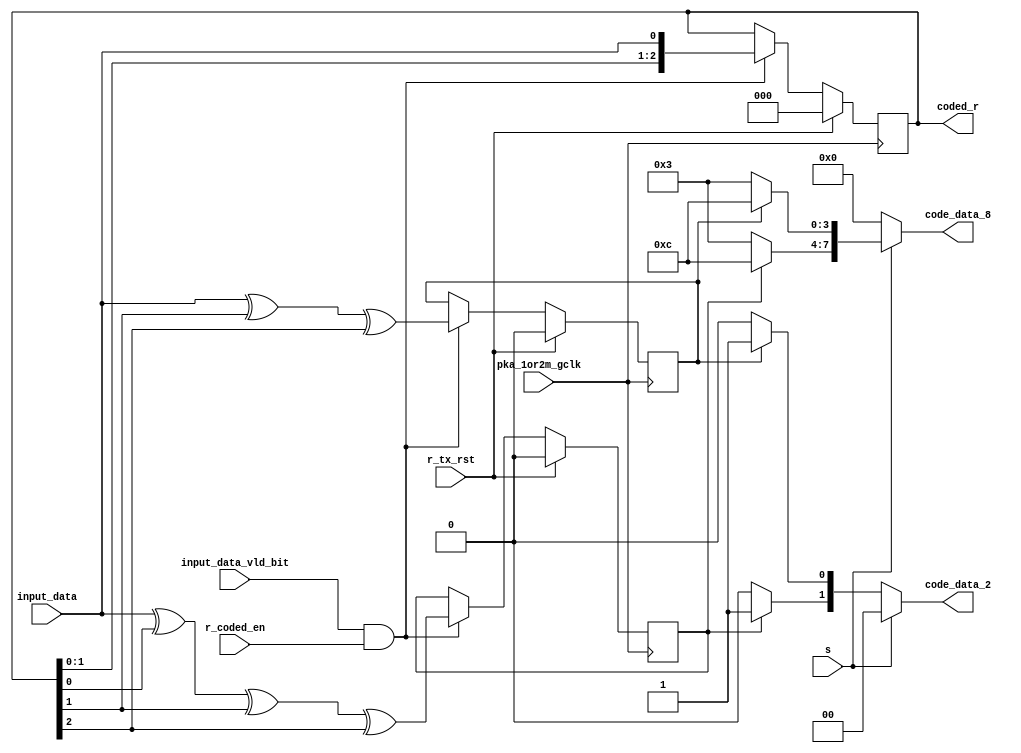
module my_FEC(
input pka_1or2m_gclk,
input r_tx_rst,
//input[4:0] r_tx_state,
input input_data,
input input_data_vld_bit,
input r_coded_en,
input s,
//output s_data,
output [1:0] code_data_2,
output [7:0] code_data_8,
output reg [2:0] coded_r
    );

//reg [2:0] coded_r;//
reg r_data0_reg,r_data1_reg;
wire r_data0,r_data1;
//wire code_data_vld;

wire [3:0] map_code_data_a0_8;
wire [3:0] map_code_data_a1_8;
wire map_code_data_a0_2;
wire map_code_data_a1_2;



assign map_code_data_a0_8 = (r_data0) ? 4'b1100 : 4'b0011;
assign map_code_data_a1_8 = (r_data1) ? 4'b1100 : 4'b0011;
assign map_code_data_a0_2 = (r_data0) ? 1'b1 : 1'b0;
assign map_code_data_a1_2 = (r_data1) ? 1'b1 : 1'b0;


assign code_data_2 = (s) ? 2'd0 : {map_code_data_a0_2,map_code_data_a1_2};
assign code_data_8 = (s) ? {map_code_data_a0_8,map_code_data_a1_8} : 8'd0;

//my_mapper u1(.pka_1or2m_gclk(pka_1or2m_gclk),.r_tx_rst(r_tx_rst),.s(s),.r_data0(r_data0),.r_data1(r_data1),.code_data_vld(code_data_vld),.s_data(s_data));


//always @(posedge pka_1or2m_gclk or negedge r_tx_rst)
always @(posedge pka_1or2m_gclk)
begin
    if(r_tx_rst)
        begin
            coded_r <= 3'd0;
				r_data0_reg <= 0;
				r_data1_reg <= 0;
        end 
    else
        begin
            coded_r <= (input_data_vld_bit && r_coded_en) ? ({coded_r[1:0],input_data}) : coded_r;
				r_data0_reg <= (input_data_vld_bit && r_coded_en) ? input_data ^ coded_r[0] ^ coded_r[1] ^ coded_r[2] : r_data0_reg;
				r_data1_reg <= (input_data_vld_bit && r_coded_en) ? input_data ^ coded_r[1] ^ coded_r[2] : r_data1_reg;
        end
end
//assign code_data_vld = input_data_vld_bit && r_coded_en;
assign r_data0 = r_data0_reg;
assign r_data1 = r_data1_reg;
//assign r_data0 = dwh_data ^ coded_r[0] ^ coded_r[1] ^ coded_r[2];  // G0(x) = 1 + x + x^2 + x^3
//assign r_data1 = dwh_data ^ coded_r[1] ^ coded_r[2]; // G1(x) = 1 + x^2 + x^3

endmodule